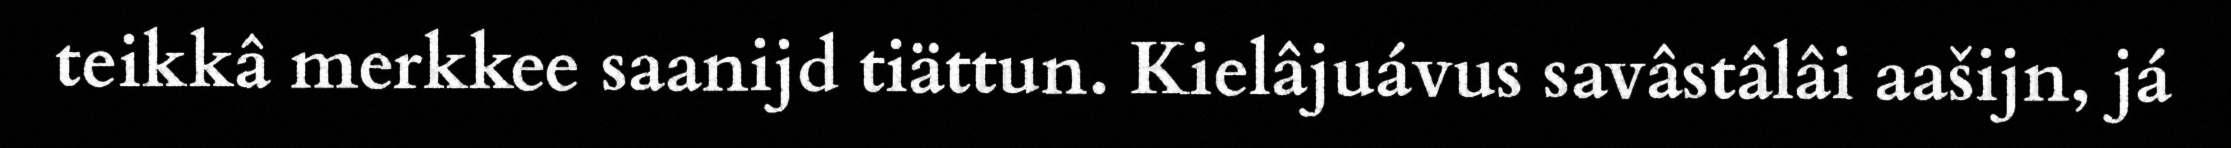
teikkâ merkkee saanijd tiättun. Kielâjuávus savâstâlâi aašijn, já